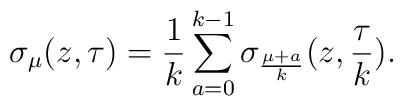
\sigma_\mu (z,\tau)    = \frac{1}{k}    \sum_{a=0}^{k-1} \sigma_{\frac{\mu+a}{k}}    (z,\frac{\tau}{k}) .